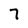
Character: 7